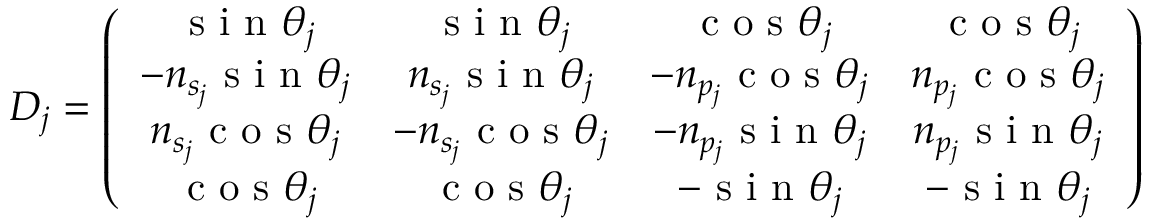
\boldsymbol { D _ { j } } = \left( \begin{array} { c c c c } { \textrm { s i n } \theta _ { j } } & { \textrm { s i n } \theta _ { j } } & { \textrm { c o s } \theta _ { j } } & { \textrm { c o s } \theta _ { j } } \\ { - n _ { s _ { j } } \textrm { s i n } \theta _ { j } } & { n _ { s _ { j } } \textrm { s i n } \theta _ { j } } & { - n _ { p _ { j } } \textrm { c o s } \theta _ { j } } & { n _ { p _ { j } } \textrm { c o s } \theta _ { j } } \\ { n _ { s _ { j } } \textrm { c o s } \theta _ { j } } & { - n _ { s _ { j } } \textrm { c o s } \theta _ { j } } & { - n _ { p _ { j } } \textrm { s i n } \theta _ { j } } & { n _ { p _ { j } } \textrm { s i n } \theta _ { j } } \\ { \textrm { c o s } \theta _ { j } } & { \textrm { c o s } \theta _ { j } } & { - \textrm { s i n } \theta _ { j } } & { - \textrm { s i n } \theta _ { j } } \end{array} \right)